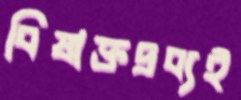
বিষাক্তদ্রব্যই